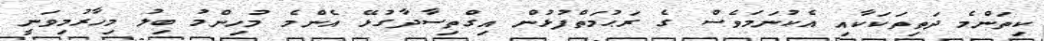
ކިތަންމެ ދަތިތަކަކާއި އެކުނަމަވެސް ގެ ރަޙުމަތްފުޅުން އިގްތިސާދާގުޅޭ އެންމެ މުހިންމު ބިލު މިހާރުމިވަނީ